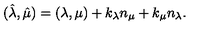
( \hat { \lambda } , \hat { \mu } ) = ( \lambda , \mu ) + k _ { \lambda } n _ { \mu } + k _ { \mu } n _ { \lambda } .